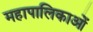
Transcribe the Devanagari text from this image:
महापालिकाओं